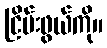
ငြိမ်းဖွယ်ကို။